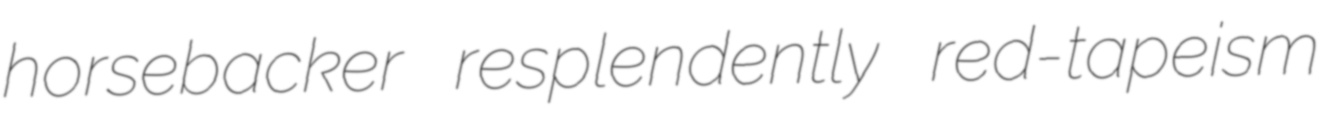
horsebacker resplendently red-tapeism